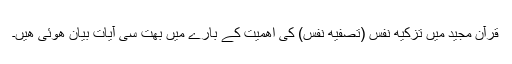
قرآن مجید میں تزکیھ نفس (تصفیھ نفس) کی اھمیت کے بارے میں بھت سی آیات بیان ھوئی ھیں۔